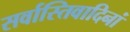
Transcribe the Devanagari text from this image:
सर्वास्तिवादिनां